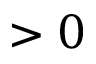
> 0